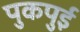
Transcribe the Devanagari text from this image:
पुकपुई